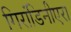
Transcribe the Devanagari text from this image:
गिरांडिनीएरा